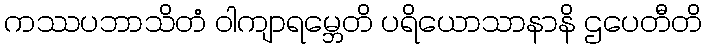
ကဿပဘာသိတံ ဝါကျာရမ္ဘေတိ ပရိယောသာနာနိ ဌပေတီတိ